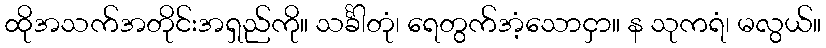
ထိုအသက်အတိုင်းအရှည်ကို။ သင်္ခါတုံ၊ ရေတွက်အံ့သောငှာ။ န သုကရံ၊ မလွယ်။